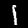
Digit: 1